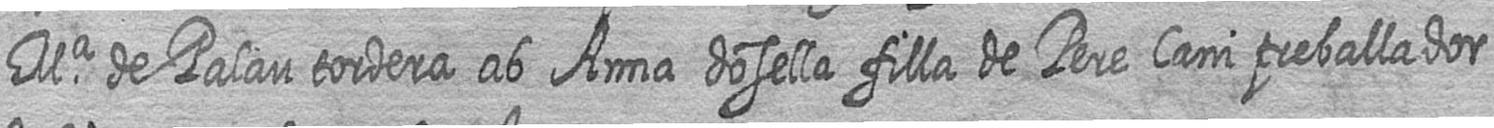
Ma de Palau tordera ab Anna dosella filla de Pere Cani treballador